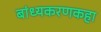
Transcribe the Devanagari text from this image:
बांध्यकरणकहा